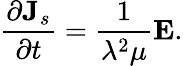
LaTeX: \frac{\partial{\mathbf J}_{s}}{\partial t}=\frac{1}{\lambda^{2}\mu}{\mathbf E}.